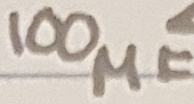
Text: 100µF